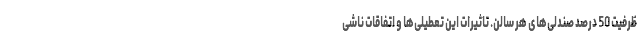
ظرفیت 50 درصد صندلی‌های هر سالن. تاثیرات این تعطیلی‌ها و اتفاقات ناشی